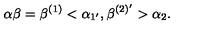
\alpha \beta = \beta ^ { ( 1 ) } < \alpha _ { 1 ^ { \prime } } , \beta ^ { ( 2 ) ^ { \prime } } > \alpha _ { 2 } .